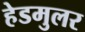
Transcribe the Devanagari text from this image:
हेडमुलर